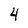
Character: 4